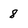
Character: 8